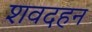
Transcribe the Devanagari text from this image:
शवदहन